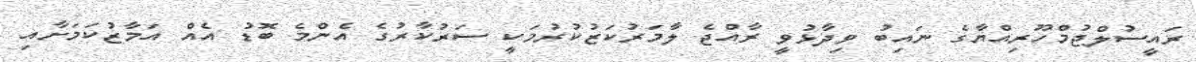
ރައީސުލްޖުމްހޫރިއްޔާގެ ނައިބު ވިދާޅުވީ ރާއްޖެ ލާމަރުކަޒުކުރުމަކީ ސަރުކާރުގެ އެންމެ ބޮޑު އެއް އަމާޒުކަމަށާއި